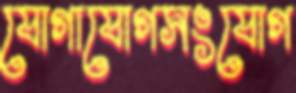
যোগাযোগসংযোগ